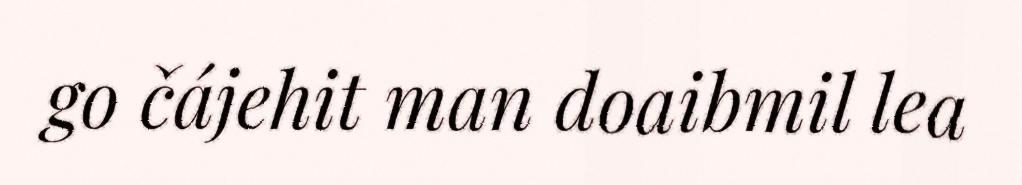
go čájehit man doaibmil lea